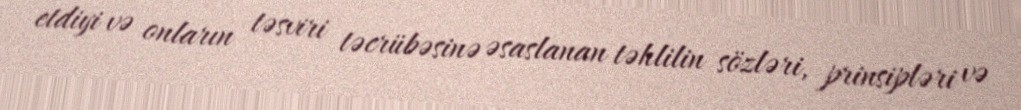
etdiyi və onların təsviri təcrübəsinə əsaslanan təhlilin sözləri, prinsipləri və